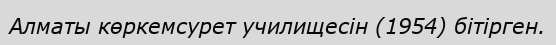
Алматы көркемсурет училищесін (1954) бітірген.